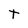
Character: T